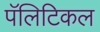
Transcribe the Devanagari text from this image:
पॅलिटिकल